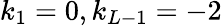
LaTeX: k_{1}=0,k_{L-1}=-2